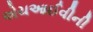
એચઆઈવીની